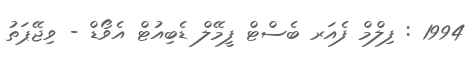
1994 : ފިލްމް ފެއަރ ބެސްޓް ފީމޭލް ޑެބިއުޓް އެވޯޑް - ވިޖޭޕަތު